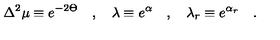
\Delta ^ { 2 } \mu \equiv e ^ { - 2 \Theta } \quad , \quad \lambda \equiv e ^ { \alpha } \quad , \quad \lambda _ { r } \equiv e ^ { \alpha _ { r } } \quad .